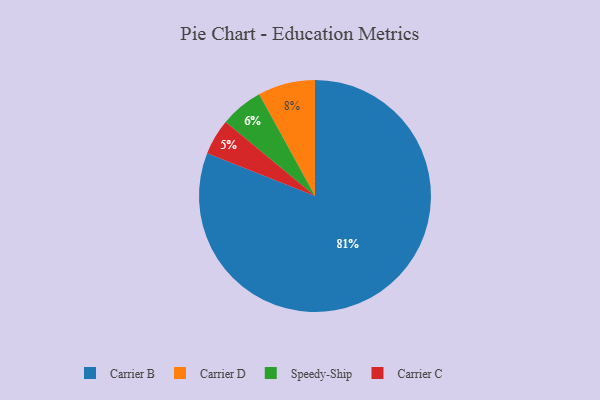
{"axis": {"x": "Category", "y": "Percentage"}, "legend": ["Carrier B", "Carrier C", "Carrier D", "Speedy-Ship"], "data": [{"x": "Carrier B", "y": 81, "type": "Carrier B"}, {"x": "Carrier D", "y": 8, "type": "Carrier D"}, {"x": "Carrier C", "y": 5, "type": "Carrier C"}, {"x": "Speedy-Ship", "y": 6, "type": "Speedy-Ship"}]}